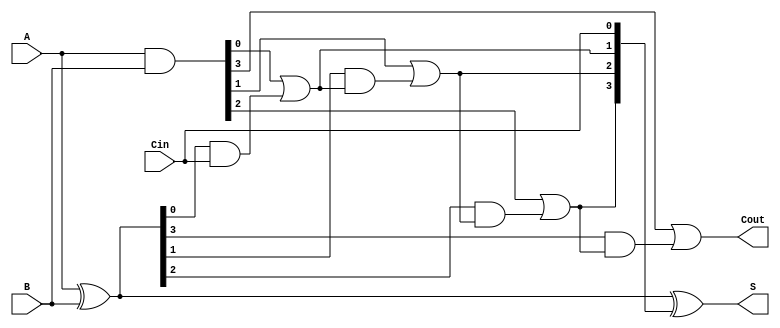
module LingAdder #(
    parameter N = 4  // Parameter for bit-width of the inputs
)(
    input  [N-1:0] A,      // First binary number
    input  [N-1:0] B,      // Second binary number
    input         Cin,      // Carry-in
    output [N-1:0] S,      // Sum output
    output        Cout      // Carry-out
);

    // Generate and Propagate signals
    wire [N-1:0] G;  // Generate
    wire [N-1:0] P;  // Propagate
    wire [N:0] C;    // Carry signals (C[0] = Cin)

    // Generate and Propagate logic
    assign G = A & B;             // G_i = A_i * B_i
    assign P = A ^ B;             // P_i = A_i  B_i

    // Carry signals generation
    assign C[0] = Cin;            // C[0] = Cin
    genvar i;
    generate
        for (i = 0; i < N; i = i + 1) begin : carry_generation
            if (i == 0) begin
                assign C[i + 1] = G[i] | (P[i] & C[i]);
            end else begin
                assign C[i + 1] = G[i] | (P[i] & C[i]);
            end
        end
    endgenerate

    // Sum calculation
    assign S = P ^ C[N-1:0];      // S_i = P_i  C_i

    // Carry-out
    assign Cout = C[N];           // Cout = C[N]

endmodule